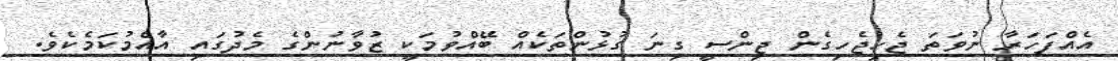
އެއްފަހަރާ ނުވަތަ ޖެހިޖެހިގެން ޖިންސީ ގިނަ ގުޅުންތަކެއް ބޭއްވުމަކީ ޒުވާނުންގެ މެދުގައި އާއްމުކަމެކެވެ.